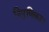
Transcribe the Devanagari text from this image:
निपुणिका।